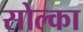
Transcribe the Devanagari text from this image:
सोल्का